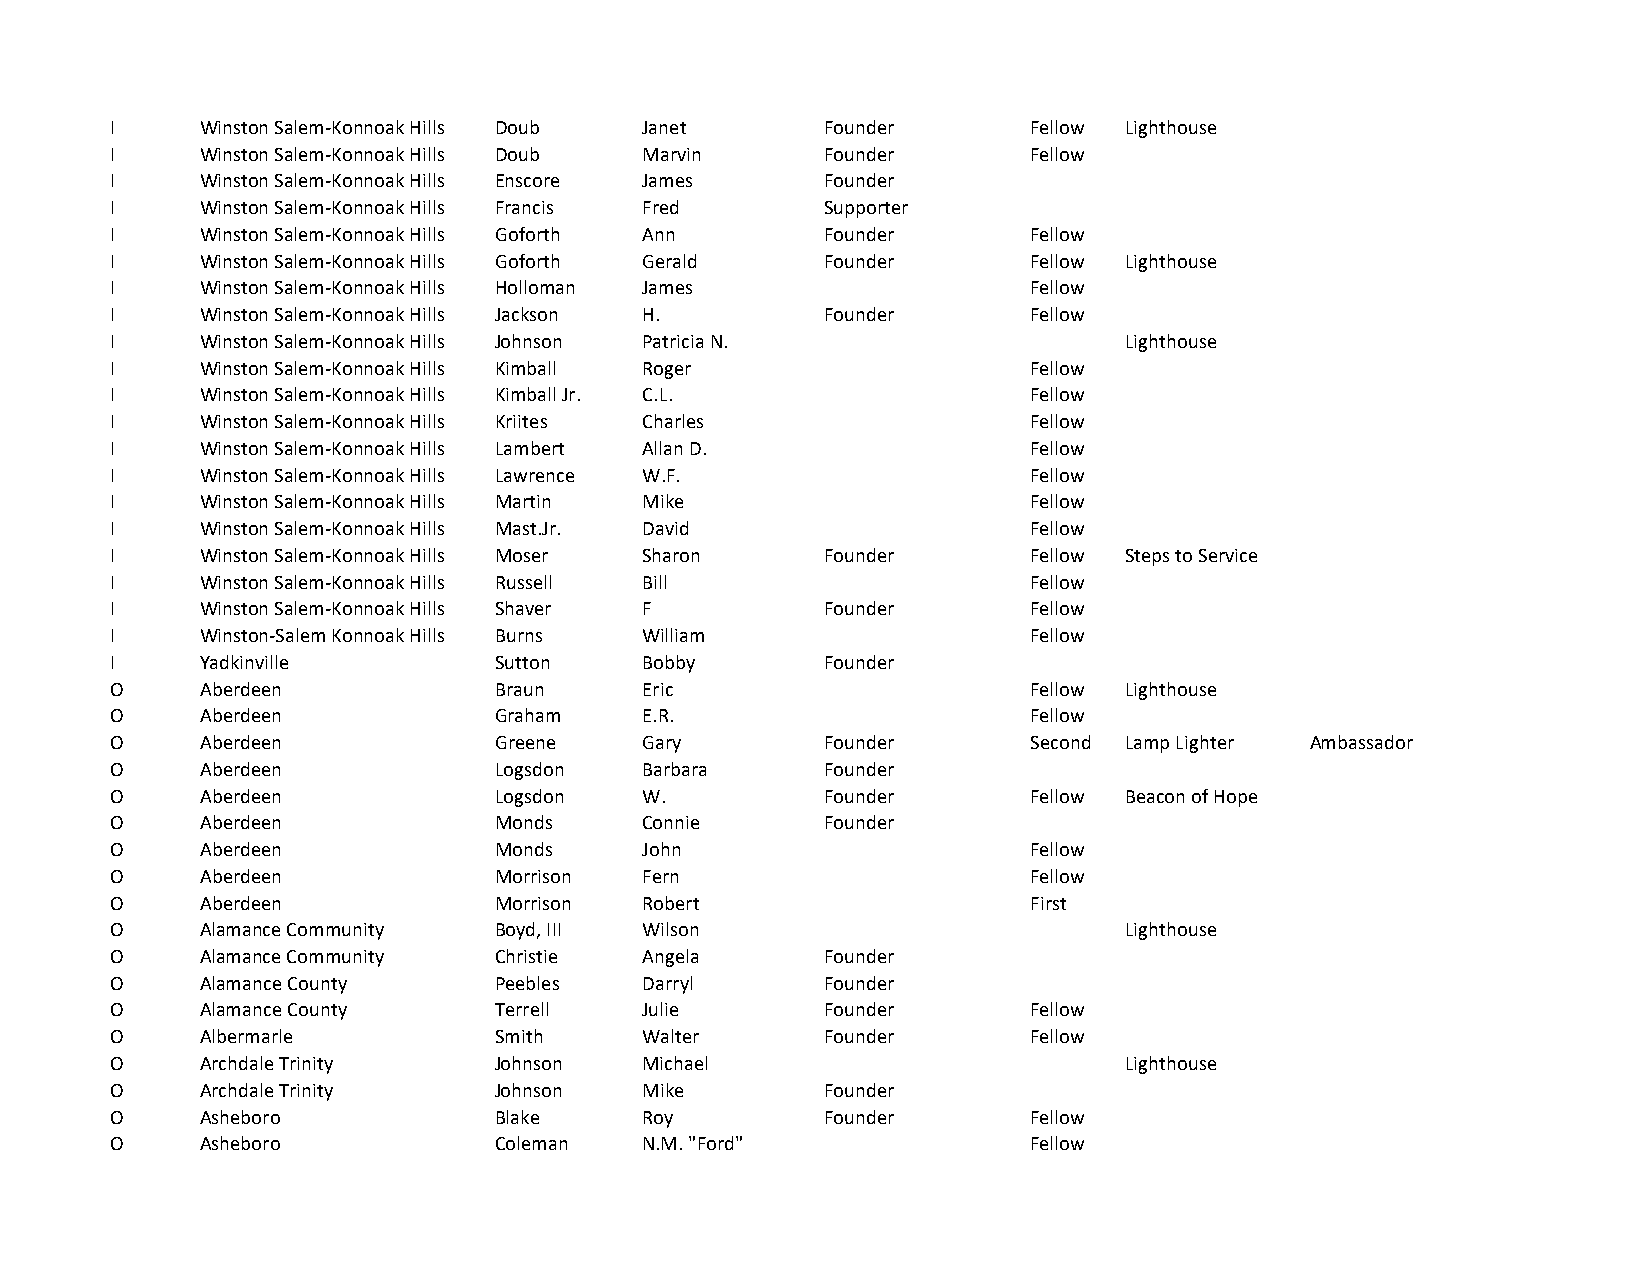
I     Winston Salem-Konnoak Hills Doub Janet    Founder      Fellow Lighthouse
 I     Winston Salem-Konnoak Hills Doub Marvin   Founder      Fellow
 I     Winston Salem-Konnoak Hills Enscore James Founder
 I     Winston Salem-Konnoak Hills Francis Fred  Supporter
 I     Winston Salem-Konnoak Hills Goforth Ann   Founder      Fellow
 I     Winston Salem-Konnoak Hills Goforth Gerald Founder     Fellow Lighthouse
 I     Winston Salem-Konnoak Hills Holloman James             Fellow
 I     Winston Salem-Konnoak Hills Jackson H.    Founder      Fellow
 I     Winston Salem-Konnoak Hills Johnson Patricia N.              Lighthouse
 I     Winston Salem-Konnoak Hills Kimball Roger              Fellow
 I     Winston Salem-Konnoak Hills Kimball Jr. C.L.           Fellow
 I     Winston Salem-Konnoak Hills Kriites Charles            Fellow
 I     Winston Salem-Konnoak Hills Lambert Allan D.           Fellow
 I     Winston Salem-Konnoak Hills Lawrence W.F.              Fellow
 I     Winston Salem-Konnoak Hills Martin Mike                Fellow
 I     Winston Salem-Konnoak Hills Mast.Jr. David             Fellow
 I     Winston Salem-Konnoak Hills Moser Sharon  Founder      Fellow Steps to Service
 I     Winston Salem-Konnoak Hills Russell Bill               Fellow
 I     Winston Salem-Konnoak Hills Shaver F      Founder      Fellow
 I     Winston-Salem Konnoak Hills Burns William              Fellow
 I     Yadkinville         Sutton    Bobby       Founder
 O     Aberdeen            Braun     Eric                     Fellow Lighthouse
 O     Aberdeen            Graham    E.R.                     Fellow
 O     Aberdeen            Greene    Gary        Founder      Second Lamp Lighter Ambassador
 O     Aberdeen            Logsdon   Barbara     Founder
 O     Aberdeen            Logsdon   W.          Founder      Fellow Beacon of Hope
 O     Aberdeen            Monds     Connie      Founder
 O     Aberdeen            Monds     John                     Fellow
 O     Aberdeen            Morrison  Fern                     Fellow
 O     Aberdeen            Morrison  Robert                   First
 O     Alamance Community  Boyd, III Wilson                         Lighthouse
 O     Alamance Community  Christie  Angela      Founder
 O     Alamance County     Peebles   Darryl      Founder
 O     Alamance County     Terrell   Julie       Founder      Fellow
 O     Albermarle          Smith     Walter      Founder      Fellow
 O     Archdale Trinity    Johnson   Michael                        Lighthouse
 O     Archdale Trinity    Johnson   Mike        Founder
 O     Asheboro            Blake     Roy         Founder      Fellow
 O     Asheboro            Coleman   N.M. "Ford"              Fellow